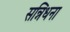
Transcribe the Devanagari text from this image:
सन्निधना